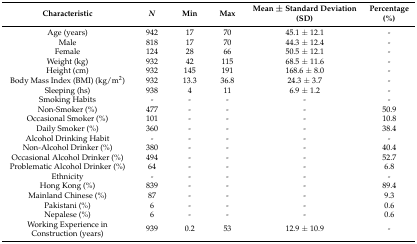
<table><thead><tr><td><b>Characteristic</b></td><td><b><i>N</i></b></td><td><b>Min</b></td><td><b>Max</b></td><td><b>Mean ± Standard Deviation (SD)</b></td><td><b>Percentage (%)</b></td></tr></thead><tbody><tr><td>Age (years)</td><td>942</td><td>17</td><td>70</td><td>45.1 ± 12.1</td><td>-</td></tr><tr><td>Male</td><td>818</td><td>17</td><td>70</td><td>44.3 ± 12.4</td><td>-</td></tr><tr><td>Female</td><td>124</td><td>28</td><td>66</td><td>50.5 ± 12.1</td><td>-</td></tr><tr><td>Weight (kg)</td><td>932</td><td>42</td><td>115</td><td>68.5 ± 11.6</td><td>-</td></tr><tr><td>Height (cm)</td><td>932</td><td>145</td><td>191</td><td>168.6 ± 8.0</td><td>-</td></tr><tr><td>Body Mass Index (BMI) (kg/m<sup>2</sup>)</td><td>932</td><td>13.3</td><td>36.8</td><td>24.3 ± 3.7</td><td>-</td></tr><tr><td>Sleeping (hs)</td><td>938</td><td>4</td><td>11</td><td>6.9 ± 1.2</td><td>-</td></tr><tr><td>Smoking Habits</td><td>-</td><td>-</td><td>-</td><td>-</td><td>-</td></tr><tr><td>Non-Smoker (%)</td><td>477</td><td>-</td><td>-</td><td>-</td><td>50.9</td></tr><tr><td>Occasional Smoker (%)</td><td>101</td><td>-</td><td>-</td><td>-</td><td>10.8</td></tr><tr><td>Daily Smoker (%)</td><td>360</td><td>-</td><td>-</td><td>-</td><td>38.4</td></tr><tr><td>Alcohol Drinking Habit</td><td>-</td><td>-</td><td>-</td><td>-</td><td>-</td></tr><tr><td>Non-Alcohol Drinker (%)</td><td>380</td><td>-</td><td>-</td><td>-</td><td>40.4</td></tr><tr><td>Occasional Alcohol Drinker (%)</td><td>494</td><td>-</td><td>-</td><td>-</td><td>52.7</td></tr><tr><td>Problematic Alcohol Drinker (%)</td><td>64</td><td>-</td><td>-</td><td>-</td><td>6.8</td></tr><tr><td>Ethnicity</td><td>-</td><td>-</td><td>-</td><td>-</td><td>-</td></tr><tr><td>Hong Kong (%)</td><td>839</td><td>-</td><td>-</td><td>-</td><td>89.4</td></tr><tr><td>Mainland Chinese (%)</td><td>87</td><td>-</td><td>-</td><td>-</td><td>9.3</td></tr><tr><td>Pakistani (%)</td><td>6</td><td>-</td><td>-</td><td>-</td><td>0.6</td></tr><tr><td>Nepalese (%)</td><td>6</td><td>-</td><td>-</td><td>-</td><td>0.6</td></tr><tr><td>Working Experience in Construction (years)</td><td>939</td><td>0.2</td><td>53</td><td>12.9 ± 10.9</td><td>-</td></tr></tbody></table>